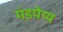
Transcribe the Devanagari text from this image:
मंडपेय्य